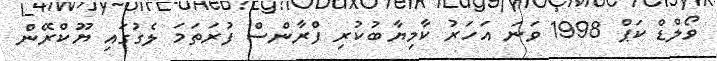
ވޯލްޑް ކަޕް 1998 ވަނަ އަހަރު ކާމިޔާބުކުރި ފްރާންސް ފުރަތަމަ ލެގުގައި ޔޫކްރޭން